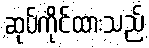
ဆုပ်ကိုင်ထားသည်